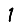
Digit: 1